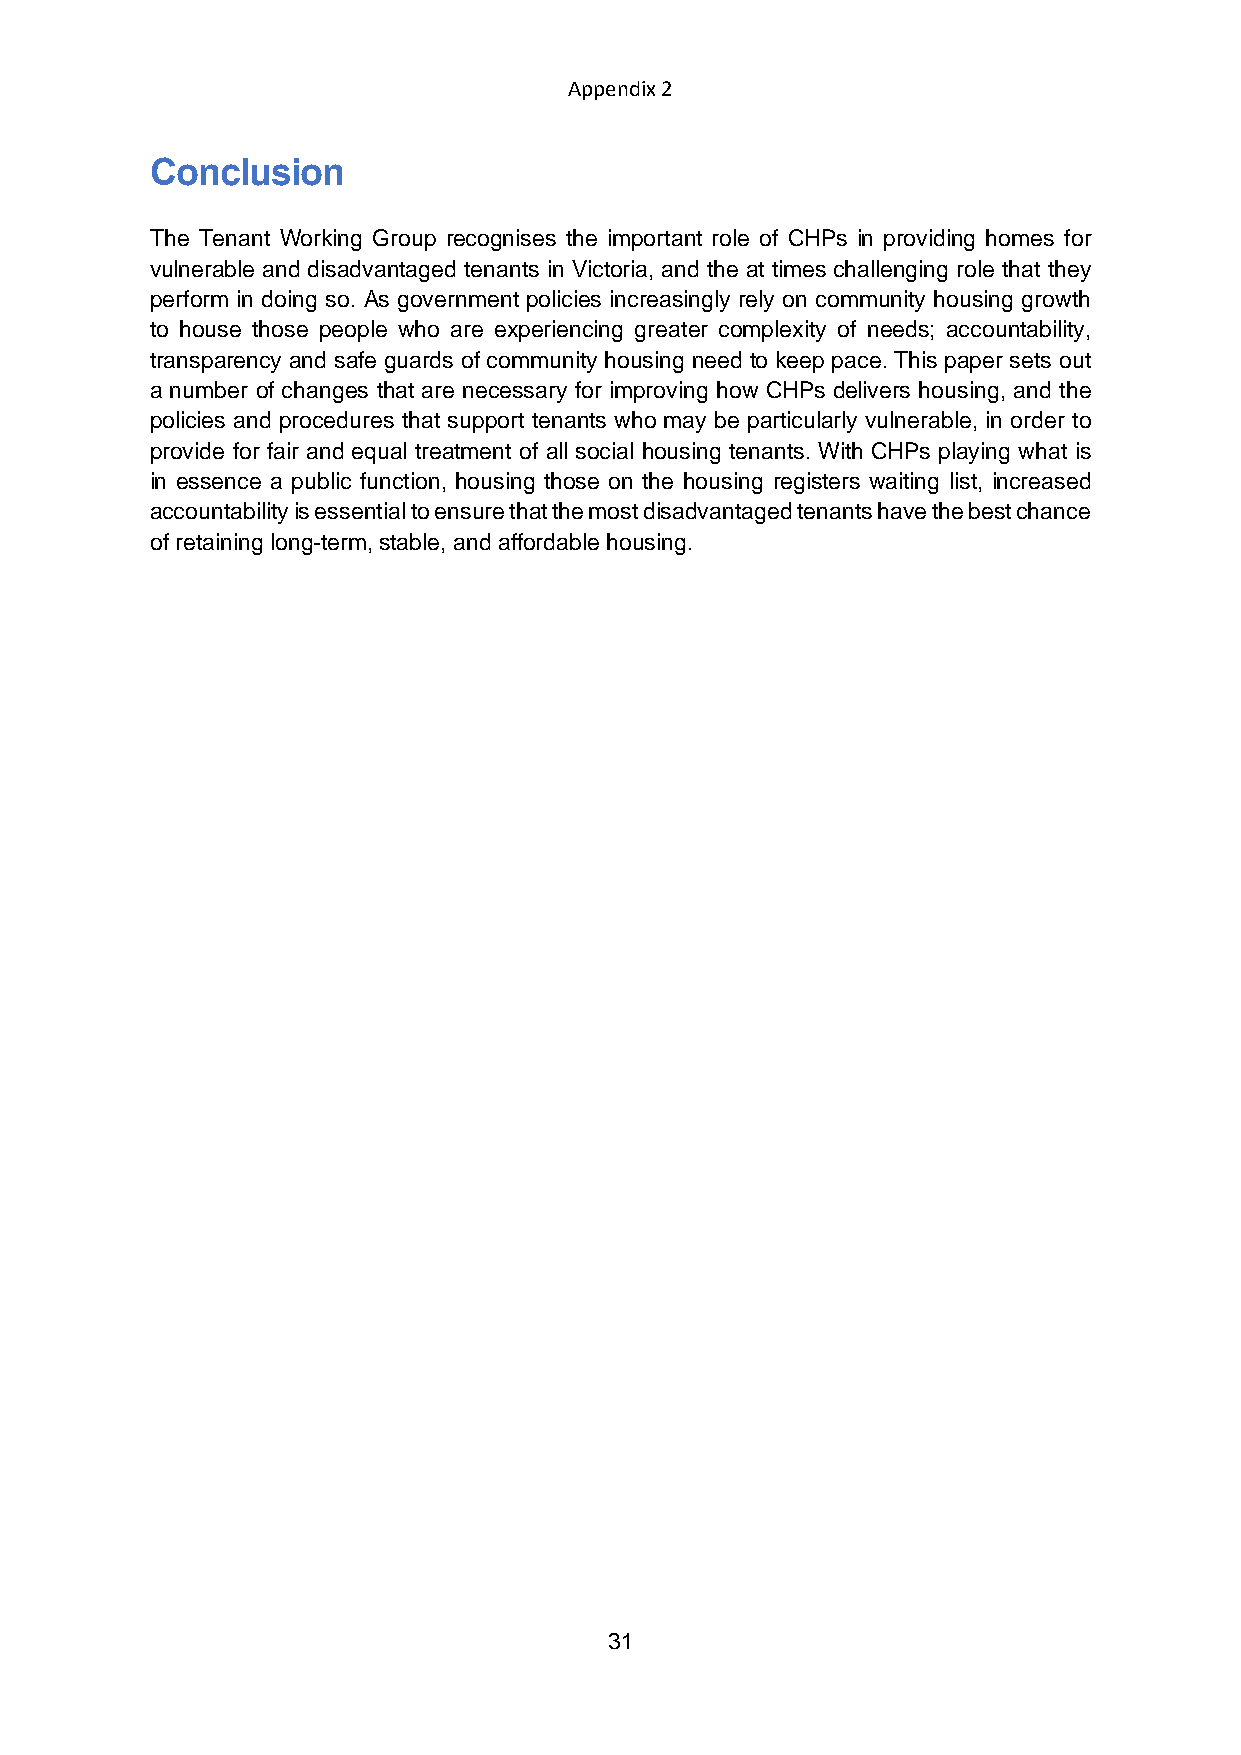
Appendix 2
 Conclusion
 The Tenant Working Group recognises the important role of CHPs in providing homes for
 vulnerable and disadvantaged tenants in Victoria, and the at times challenging role that they
 perform in doing so. As government policies increasingly rely on community housing growth
 to house those people who are experiencing greater complexity of needs; accountability,
 transparency and safe guards of community housing need to keep pace. This paper sets out
 a number of changes that are necessary for improving how CHPs delivers housing, and the
 policies and procedures that support tenants who may be particularly vulnerable, in order to
 provide for fair and equal treatment of all social housing tenants. With CHPs playing what is
 in essence a public function, housing those on the housing registers waiting list, increased
 accountability is essential to ensure that the most disadvantaged tenants have the best chance
 of retaining long-term, stable, and affordable housing.
 31